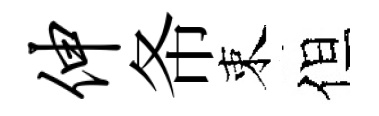
伸𢁙束但